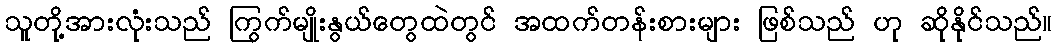
သူတို့အားလုံးသည် ကြွက်မျိုးနွယ်တွေထဲတွင် အထက်တန်းစားများ ဖြစ်သည် ဟု ဆိုနိုင်သည်။